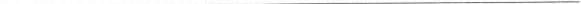
___